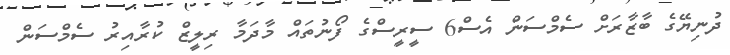
ދުނިޔޭގެ ބާޒާރަށް ސެމްސަން އެސް6 ސީރީސްގެ ފޯނުތައް މާދަމާ ރިލީޒް ކުރާއިރު ސެމްސަން